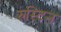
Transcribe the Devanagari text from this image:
रुस्टिन